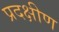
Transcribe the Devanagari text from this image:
प्रदक्षीण